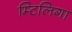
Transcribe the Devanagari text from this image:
म्टिलिगा